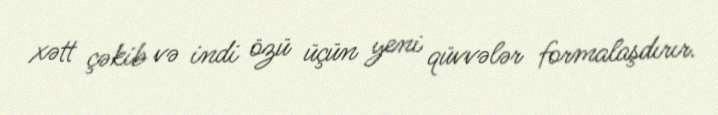
xətt çəkib və indi özü üçün yeni qüvvələr formalaşdırır.